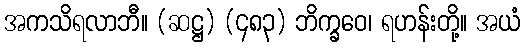
အကသိရလာဘီ။ (ဆဋ္ဌ) (၄၈၃) ဘိက္ခဝေ၊ ရဟန်းတို့။ အယံ